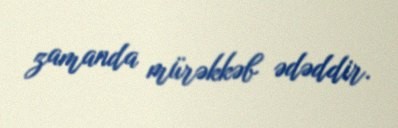
zamanda mürəkkəb ədəddir.